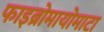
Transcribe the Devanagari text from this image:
फाइब्रोमायोमाटा